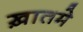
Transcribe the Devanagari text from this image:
ख़ातमे